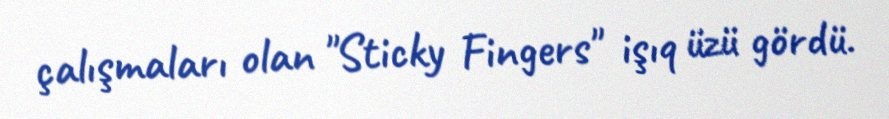
çalışmaları olan "Sticky Fingers" işıq üzü gördü.